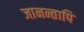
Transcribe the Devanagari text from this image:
जानन्तापि